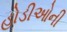
હોડીઓની